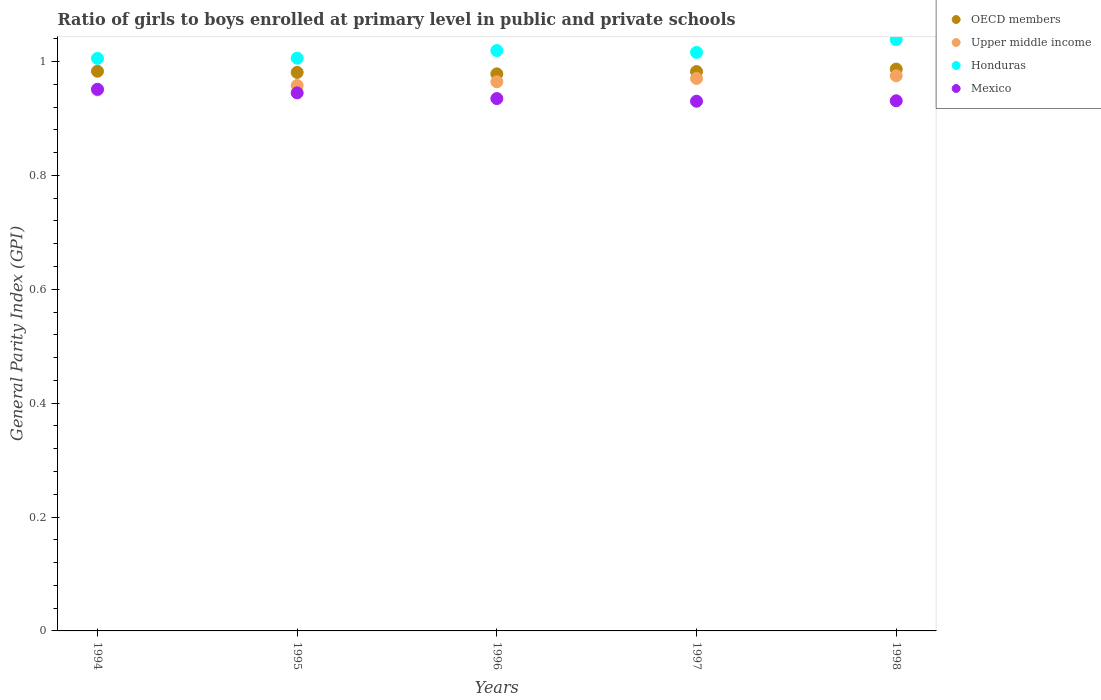
| Years | OECD members | Upper middle income | Honduras | Mexico |
 | --- | --- | --- | --- | --- |
 | 1994 | 0.983 | 0.95 | 1.01 | 0.951 |
 | 1995 | 0.981 | 0.958 | 1.01 | 0.945 |
 | 1996 | 0.978 | 0.964 | 1.02 | 0.935 |
 | 1997 | 0.982 | 0.97 | 1.02 | 0.93 |
 | 1998 | 0.987 | 0.975 | 1.04 | 0.931 |